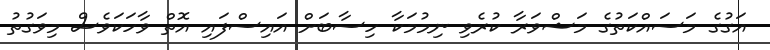
އަގުގެ މަސައްކަތުގެ މަޝްވަރާ ކުރެވި ނިމުމަކާ ހިސާބަށް އައިސްފައި އޮތް ވާހަކަވެސް މިވަގުތު